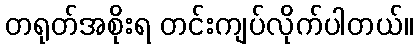
တရုတ်အစိုးရ တင်းကျပ်လိုက်ပါတယ်။